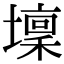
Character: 壈